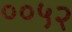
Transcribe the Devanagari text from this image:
००५२